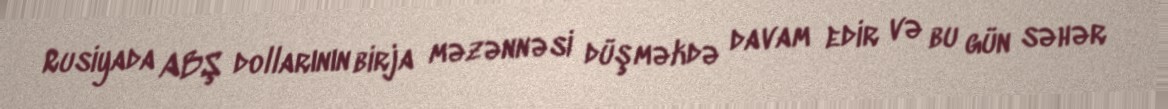
Rusiyada ABŞ dollarının birja məzənnəsi düşməkdə davam edir və bu gün səhər